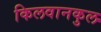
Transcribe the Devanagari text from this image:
किलवानकुल